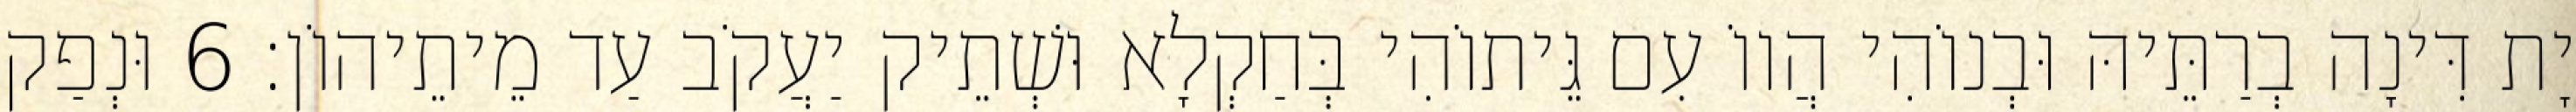
יָת דִּינָה בְרַתֵּיהּ וּבְנוֹהִי הֲווֹ עִם גֵּיתוֹהִי בְּחַקְלָא וּשְׁתֵיק יַעֲקֹב עַד מֵיתֵיהוֹן׃ 6 וּנְפַק